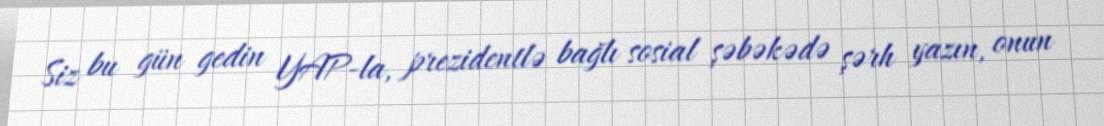
Siz bu gün gedin YAP-la, prezidentlə bağlı sosial şəbəkədə şərh yazın, onun